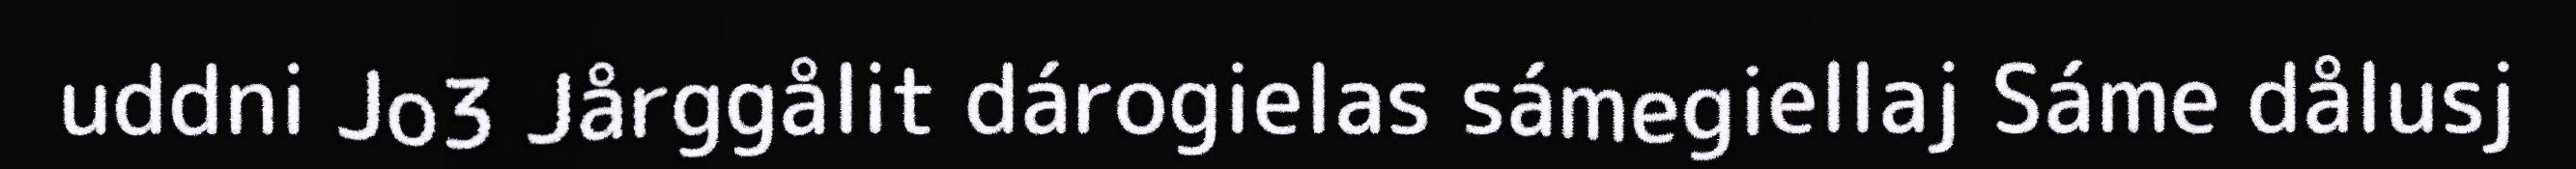
uddni Jo3 Jårggålit dárogielas sámegiellaj Sáme dålusj